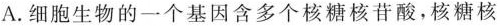
A.细胞生物的一个基因含多个核糖核苷酸，核糖核